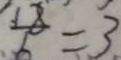
\frac { 1 8 } { 6 } = 3